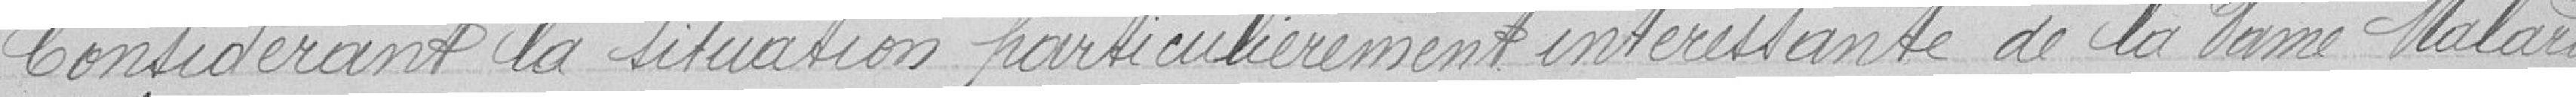
Considérant la situation particulièrement intéressante de la dame Malard